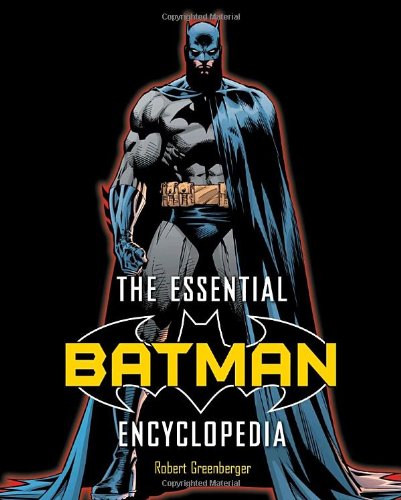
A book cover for The Essential Batman Encyclopedia; Robert Greenberger; Reference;